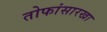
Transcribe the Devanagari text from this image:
तोफांसारखा